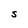
Character: S